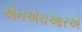
એનએચઆરએ